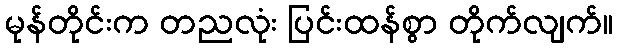
မုန်တိုင်းက တညလုံး ပြင်းထန်စွာ တိုက်လျက်။